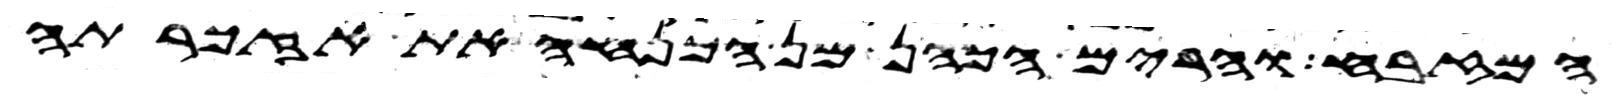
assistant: המזבח והרים הכהן מן המנחה את אזכרתה